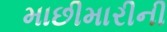
માછીમારીની